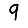
Digit: 9